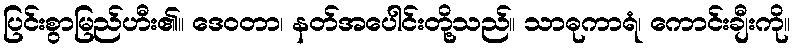
ပြင်းစွာမြည်ဟီး၏။ ဒေဝတာ၊ နတ်အပေါင်းတို့သည်။ သာဓုကာရံ၊ ကောင်းချီးကို။